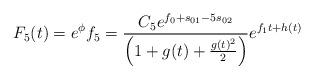
LaTeX: \begin{align*}F_{5}(t)=e^{\phi}f_{5}=\frac{C_{5}e^{f_{0}+s_{01}-5s_{02}}}{\Big{(}1+g(t)+\frac{g(t)^{2}}{2}\Big{)}} e^{f_{1}t+h(t)}\end{align*}